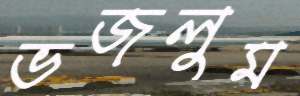
ভজলুম